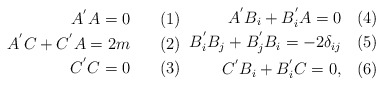
\begin{align*}\parbox{50mm}{\begin{eqnarray}A^{'} A = 0 \\A^{'} C + C^{'} A = 2m \\C^{'} C = 0 \end{eqnarray}}\parbox{50mm}{\begin{eqnarray}A^{'} B_i + B_{i}^{'} A = 0 \\B_{i}^{'} B_{j} + B_{j}^{'} B_{i} = -2 \delta_{ij} \\C^{'} B_{i} + B_{i}^{'} C = 0, \end{eqnarray}}\end{align*}